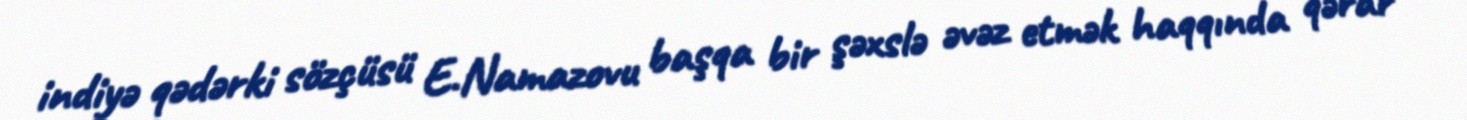
indiyə qədərki sözçüsü E.Namazovu başqa bir şəxslə əvəz etmək haqqında qərar